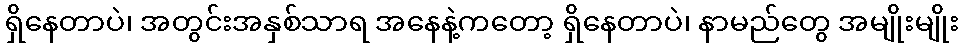
ရှိနေတာပဲ၊ အတွင်းအနှစ်သာရ အနေနဲ့ကတော့ ရှိနေတာပဲ၊ နာမည်တွေ အမျိုးမျိုး